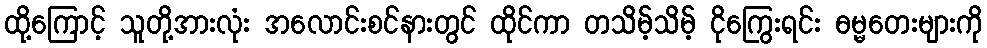
ထို့ကြောင့် သူတို့အားလုံး အလောင်းစင်နားတွင် ထိုင်ကာ တသိမ့်သိမ့် ငိုကြွေးရင်း ဓမ္မတေးများကို